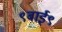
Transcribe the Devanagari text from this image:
९बाई९